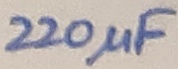
Text: 220µF